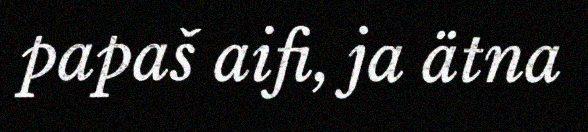
papaš aifi, ja ätna